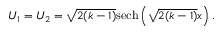
U _ { 1 } = U _ { 2 } = \sqrt { 2 ( k - 1 ) } \mathrm { s e c h } \left( \sqrt { 2 ( k - 1 ) } x \right) .